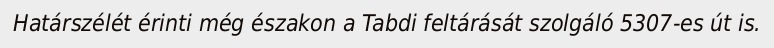
Határszélét érinti még északon a Tabdi feltárását szolgáló 5307-es út is.